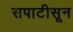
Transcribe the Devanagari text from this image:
सपाटीसून